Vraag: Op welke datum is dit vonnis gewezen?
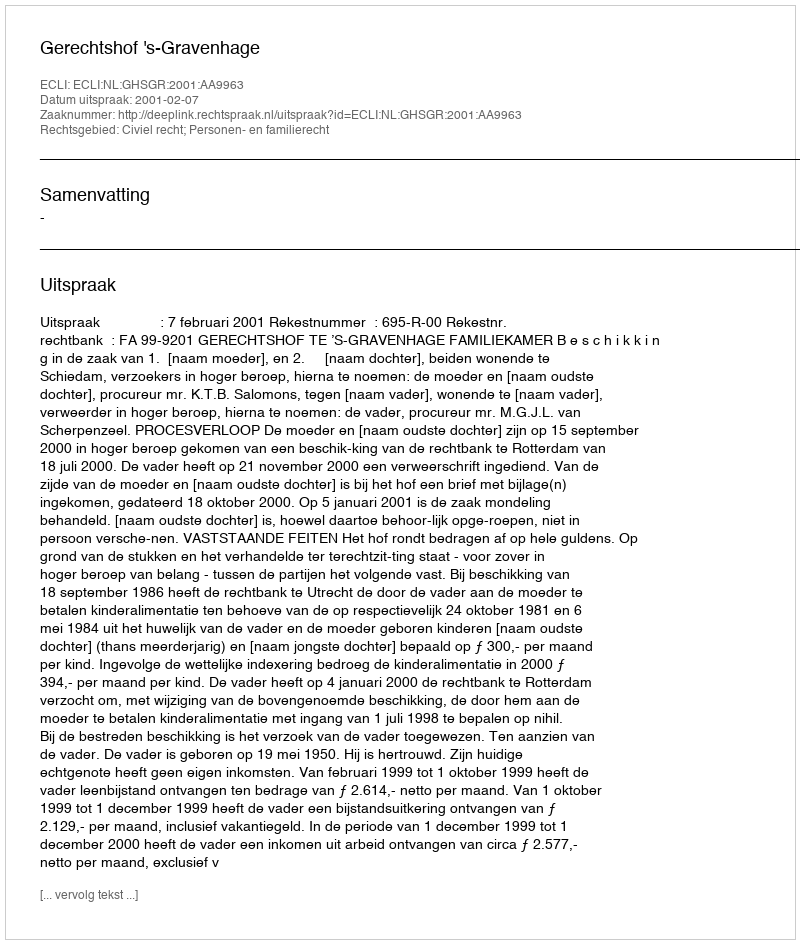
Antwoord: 2001-02-07